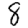
Digit: 8